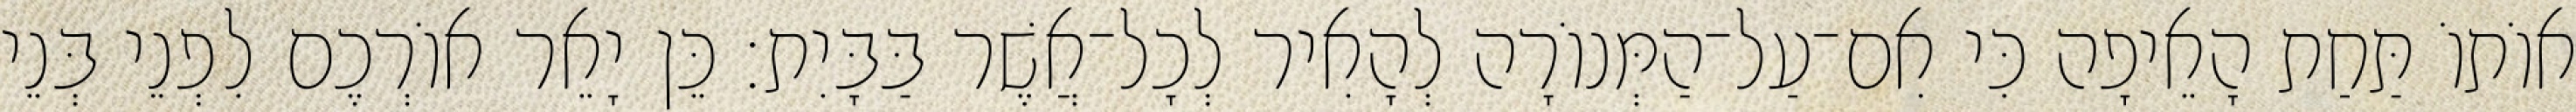
אוֹתוֹ תַּחַת הָאֵיפָה כִּי אִם־עַל־הַמְּנוֹרָה לְהָאִיר לְכָל־אֲשֶׁר בַּבָּיִת׃ כֵּן יָאֵר אוֹרְכֶם לִפְנֵי בְּנֵי